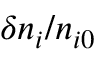
\delta n _ { i } / n _ { i 0 }